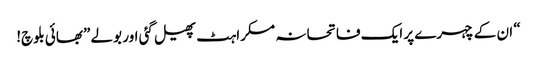
“ ان کے چہرے پر ایک فاتحانہ مسکراہٹ پھیل گئی اور بولے ”بھائی بلوچ!